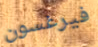
فيرغسون